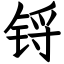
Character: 锊